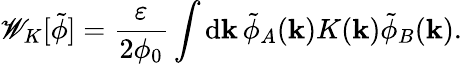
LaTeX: \mathscr{W}_{K}[\tilde{{\phi}}]=\frac{{\varepsilon}}{{2\phi_{0}}}\int\mathrm{{d}}\mathbf{{k}}\, \tilde{{\phi}}_{A}(\mathbf{{k}})K(\mathbf{{k}})\tilde{{\phi}}_{B}(\mathbf{{k}}).